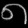
Digit: ၈